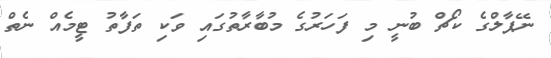
ނޭޕާލްގެ ކޯޗް ބުނީ މި ފަހަރުގެ މުބާރާތުގައި ވަކި ތަފާތު ޓީމެއް ނެތް